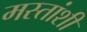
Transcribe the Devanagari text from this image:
मस्तांशी